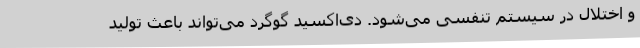
و اختلال در سیستم تنفسی می‌شود. دی‌اکسید گوگرد می‌تواند باعث تولید